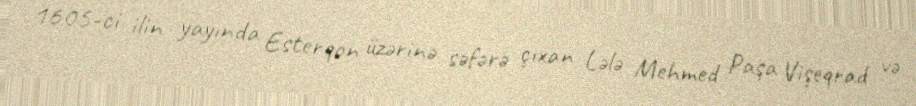
1605-ci ilin yayında Esterqon üzərinə səfərə çıxan Lələ Mehmed Paşa Vişeqrad və